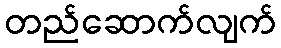
တည်ဆောက်လျက်